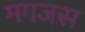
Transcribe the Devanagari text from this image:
मगजस